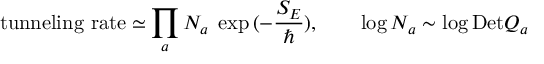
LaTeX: \mathrm { t u n n e l i n g ~ r a t e } \simeq \prod _ { a } { \cal N } _ { a } \; \exp { ( - \frac { S _ { E } } { \hbar } ) } , \qquad \log { \cal N } _ { a } \sim \log \mathrm { D e t } Q _ { a }